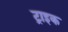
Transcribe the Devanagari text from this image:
ट्राइक